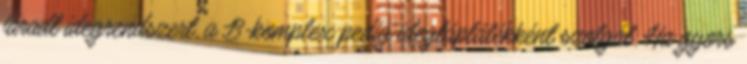
fáradt idegrendszert, a B-komplex pedig idegtáplálékként szolgál. Ha gyors